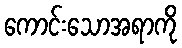
ကောင်းသောအရာကို